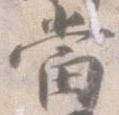
当